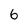
Character: 6